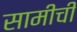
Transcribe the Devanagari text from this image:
सामीची